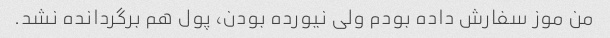
من موز سفارش داده بودم ولی نیورده بودن، پول هم برگردانده نشد.